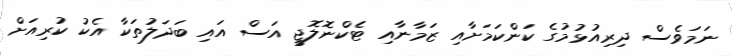
ނަމަވެސް ދިރިއުޅުމުގެ ކަންކަމަށާއި ޒަމާނާއި ޓެކްނޮލޮޖީ އަސް އައި ބަދަލުތަކާ އެކު ކުރިއަށް